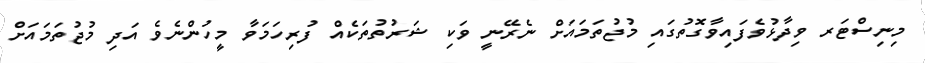
މިނިސްޓަރ ވިދާޅުވެފައިވާގޮތުގައި މުޖުތަމައަށް ނެރޭނީ ވަކި ޝަރުތުތަކެއް ފުރިހަމަވާ މީހުންނެވެ އަދި މުޖުތަމައަށް